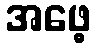
အဖေ့